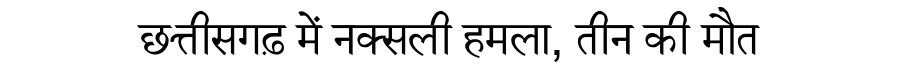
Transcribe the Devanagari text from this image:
छत्तीसगढ़ में नक्सली हमला, तीन की मौत